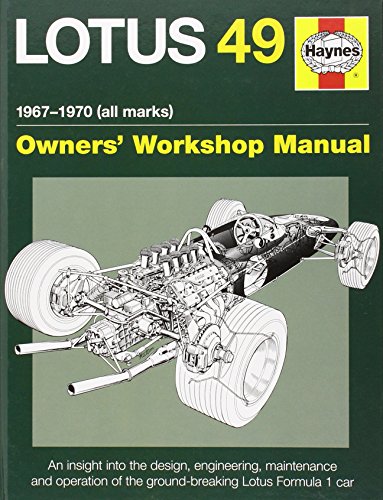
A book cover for Lotus 49 Manual 1967-1970 (all marks): An insight into the design, engineering, maintenance and operation of Lotus's ground-breaking Formula 1 car (Haynes Owners' Workshop Manual); Ian Wagstaff; Engineering & Transportation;